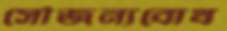
সৌজন্যবোধ